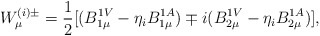
\begin{align*}W^{(i)\pm}_{\mu} = \frac{1}{2} [(B^{1V}_{1\mu} - \eta_{i} B^{1A}_{1\mu})\mp i(B^{1V}_{2\mu} - \eta_{i} B^{1A}_{2\mu})],\end{align*}